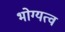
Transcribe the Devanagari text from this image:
भोग्यत्व